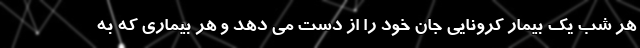
هر شب یک بیمار کرونایی جان خود را از دست می دهد و هر بیماری که به